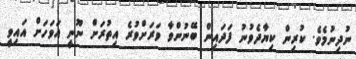
ނުދިނުމެވެ. ކުރިން ކިޔާދެވުނު ފަދައިން ބޭނުންވާ ވަރަށްވުރެ އިތުރަށް ނޫނީ އަވަހަށް އައިވީ